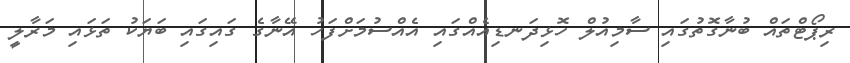
ރިޕޯޓްތައް ބުނާގޮތުގައި ސާމިއުލް ހޮޅިދަނޑިއެއްގައި އެއްސުމަށްފަހު އޭނާގެ ގައިގައި ބަޔަކު ތަޅައި މަރާލީ